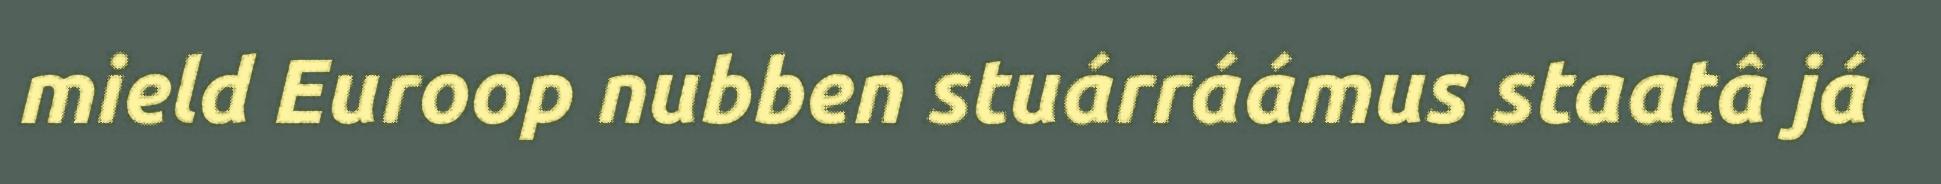
mield Euroop nubben stuárráámus staatâ já